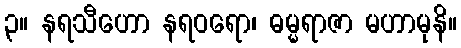
၃။ နရသီဟော နရဝရော၊ ဓမ္မရာဇာ မဟာမုနိ။